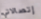
إتصالاتي